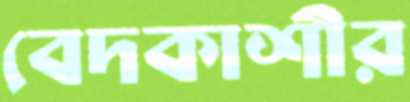
বেদকাশীর